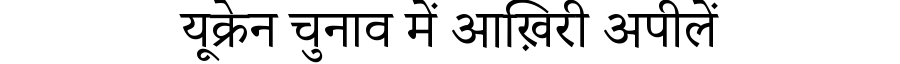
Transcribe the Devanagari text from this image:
यूक्रेन चुनाव में आख़िरी अपीलें